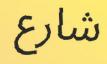
شارع